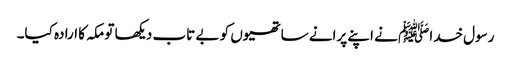
رسول خداﷺ نے اپنے پرانے ساتھیوں کو بے تاب دیکھا تو مکہ کا ارادہ کیا۔